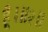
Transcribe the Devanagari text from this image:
हूँ।॥२॥